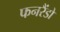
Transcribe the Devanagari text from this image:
फनरैंडो